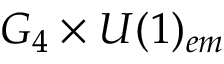
G _ { 4 } \times U ( 1 ) _ { e m }